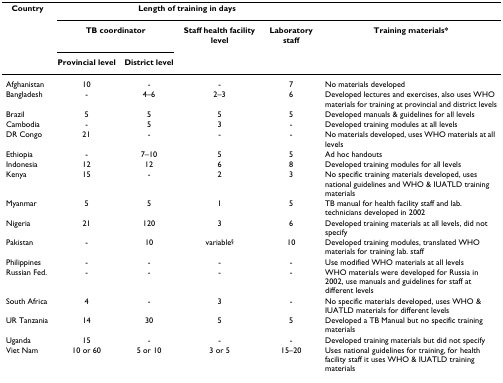
<table><thead><tr><td><b>Country</b></td><td colspan="4"><b>Length of training in days</b></td><td></td></tr><tr><td></td><td colspan="2"><b>TB coordinator</b></td><td><b>Staff health facility level</b></td><td><b>Laboratory staff</b></td><td><b>Training materials*</b></td></tr><tr><td></td><td><b>Provincial level</b></td><td><b>District level</b></td><td></td><td></td><td></td></tr></thead><tbody><tr><td>Afghanistan</td><td>10</td><td>-</td><td>-</td><td>7</td><td>No materials developed</td></tr><tr><td>Bangladesh</td><td>-</td><td>4–6</td><td>2–3</td><td>6</td><td>Developed lectures and exercises, also uses WHO materials for training at provincial and district levels</td></tr><tr><td>Brazil</td><td>5</td><td>5</td><td>5</td><td>5</td><td>Developed manuals &amp; guidelines for all levels</td></tr><tr><td>Cambodia</td><td>-</td><td>5</td><td>3</td><td>-</td><td>Developed training modules at all levels</td></tr><tr><td>DR Congo</td><td>21</td><td>-</td><td>-</td><td>-</td><td>No materials developed, uses WHO materials at all levels</td></tr><tr><td>Ethiopia</td><td>-</td><td>7–10</td><td>5</td><td>5</td><td>Ad hoc handouts</td></tr><tr><td>Indonesia</td><td>12</td><td>12</td><td>6</td><td>8</td><td>Developed training modules for all levels</td></tr><tr><td>Kenya</td><td>15</td><td>-</td><td>2</td><td>3</td><td>No specific training materials developed, uses national guidelines and WHO &amp; IUATLD training materials</td></tr><tr><td>Myanmar</td><td>5</td><td>5</td><td>1</td><td>5</td><td>TB manual for health facility staff and lab. technicians developed in 2002</td></tr><tr><td>Nigeria</td><td>21</td><td>120</td><td>3</td><td>6</td><td>Developed training materials at all levels, did not specify</td></tr><tr><td>Pakistan</td><td>-</td><td>10</td><td>variable<sup>§</sup></td><td>10</td><td>Developed training modules, translated WHO materials for training lab. staff</td></tr><tr><td>Philippines</td><td>-</td><td>-</td><td>-</td><td>-</td><td>Use modified WHO materials at all levels</td></tr><tr><td>Russian Fed.</td><td>-</td><td>-</td><td>-</td><td>-</td><td>WHO materials were developed for Russia in 2002, use manuals and guidelines for staff at different levels</td></tr><tr><td>South Africa</td><td>4</td><td>-</td><td>3</td><td>-</td><td>No specific materials developed, uses WHO &amp; IUATLD materials for different levels</td></tr><tr><td>UR Tanzania</td><td>14</td><td>30</td><td>5</td><td>5</td><td>Developed a TB Manual but no specific training materials</td></tr><tr><td>Uganda</td><td>15</td><td>-</td><td>-</td><td>-</td><td>Developed training materials but did not specify</td></tr><tr><td>Viet Nam</td><td>10 or 60</td><td>5 or 10</td><td>3 or 5</td><td>15–20</td><td>Uses national guidelines for training, for health facility staff it uses WHO &amp; IUATLD training materials</td></tr></tbody></table>